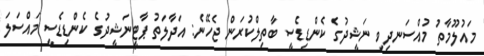
މައުލޫމާތު މުއްސަނދިވި ނަޝީދުގެ ކެންޑިޑެސީ ބާތިލްކުރަން ޖެހޭނެ: އަދާލަތު ޕާޓީނަޝީދުގެ ކެންޑިޑެސީ މައްސަލަ